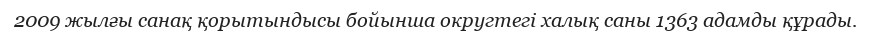
2009 жылғы санақ қорытындысы бойынша округтегі халық саны 1363 адамды құрады.